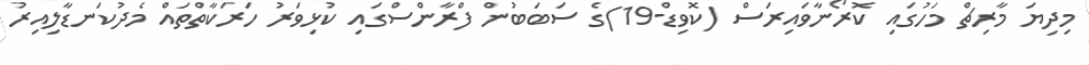
މިދިޔަ މާރިޗް މަހުގައި ކޮރޯނާވައިރަސް (ކޮވިޑް-19)ގެ ސަބަބުން ފްރާންސްގައި ކުޅިވަރު ހަރަކާތްތައް މެދުކަނޑާލިއިރު